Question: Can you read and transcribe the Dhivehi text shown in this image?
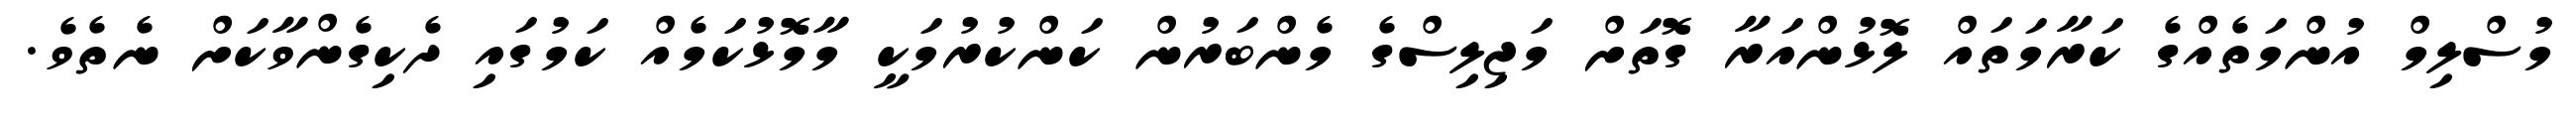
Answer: މުސްލިމް އުންމަތެއްގެ ކަރާމަތައް ލޮޅުންއަރާ ގޮތަށް މަޖިލިސްގެ މެންބަރުން ކަންކުރުމަކީ މާމޮޅުކަމެއް ކަމުގައި ދެކިގެންވާކަށް ނެތެވެ.